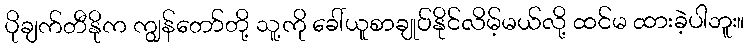
ပိုချက်တီနိုက ကျွန်တော်တို့ သူ့ကို ခေါ်ယူစာချုပ်နိုင်လိမ့်မယ်လို့ ထင်မ ထားခဲ့ပါဘူး။